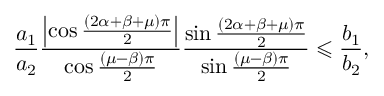
\frac { a _ { 1 } } { a _ { 2 } } \frac { \left\vert \cos \frac { \left( 2 \alpha + \beta + \mu \right) \pi } { 2 } \right\vert } { \cos \frac { \left( \mu - \beta \right) \pi } { 2 } } \frac { \sin \frac { \left( 2 \alpha + \beta + \mu \right) \pi } { 2 } } { \sin \frac { \left( \mu - \beta \right) \pi } { 2 } } \leqslant \frac { b _ { 1 } } { b _ { 2 } } ,